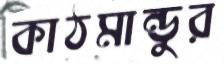
কাঠমান্ডুর